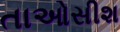
તાઓસીશ